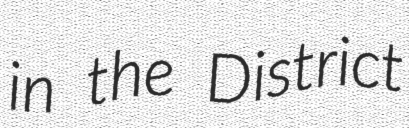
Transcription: in the District